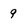
Character: 9